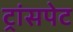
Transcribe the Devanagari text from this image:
ट्रांसपेट